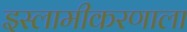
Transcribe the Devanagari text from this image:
इस्लामीकरणाला